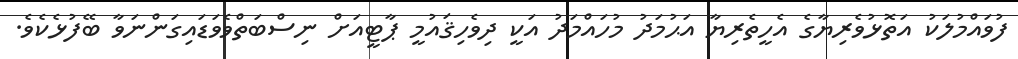
ފުވައްމުލަކު އަތޮޅުވެރިޔާގެ އެހީތެރިޔާ އަޙުމަދު މުހައްމަދު އަކީ ދިވެހިޤައުމީ ޕާޓީއަށް ނިސްބަތްވެވަޑައިގަންނަވާ ބޭފުޅެކެވެ.